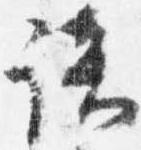
談